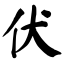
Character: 伏